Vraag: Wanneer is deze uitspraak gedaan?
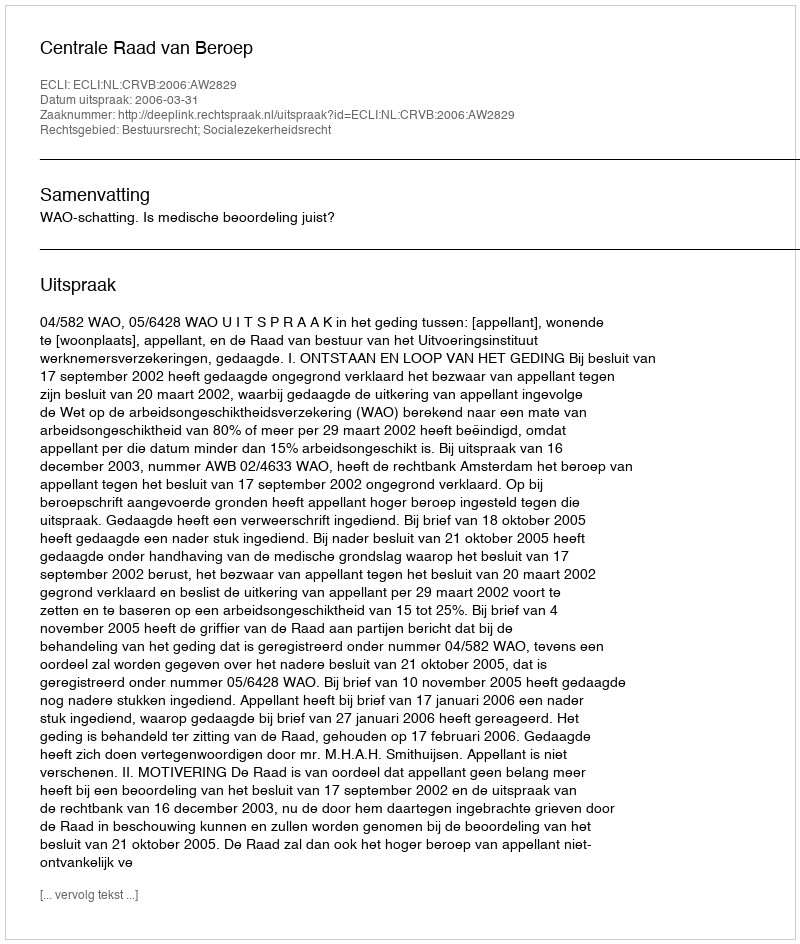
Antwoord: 2006-03-31